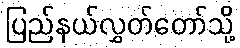
ပြည်နယ်လွှတ်တော်သို့